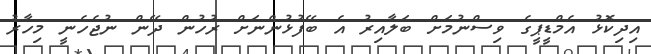
އިދިކޮޅު އެމްޑީޕީގެ ވިސްނުމަށް ބަލާއިރު އެ ބޭފުޅުންނަށް ރުހުން ދޭން ނުޖެހެނީ މިހާރު